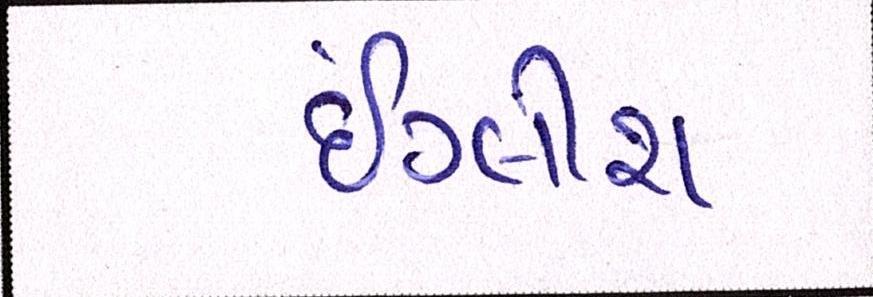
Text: ઇંગ્લીશ